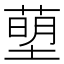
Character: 𮶰